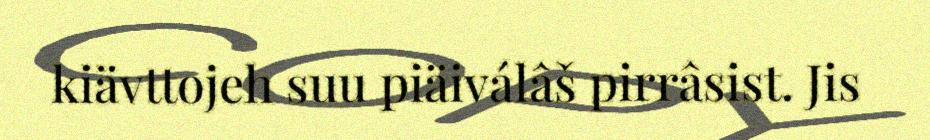
kiävttojeh suu piäiválâš pirrâsist. Jis